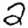
Digit: 2